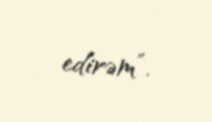
edirəm”.